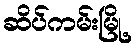
ဆိပ်ကမ်းမြို့